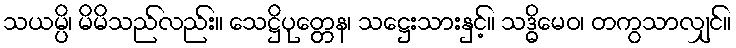
သယမ္ပိ၊ မိမိသည်လည်း။ သေဋ္ဌိပုတ္တေန၊ သဋ္ဌေးသားနှင့်။ သဒ္ဓိမေဝ၊ တကွသာလျှင်။